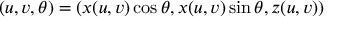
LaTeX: \mathbf { \Phi } ( u , v , \theta ) = ( x ( u , v ) \cos \theta , x ( u , v ) \sin \theta , z ( u , v ) )